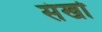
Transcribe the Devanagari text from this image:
संखो